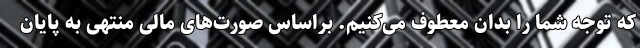
که توجه شما را بدان معطوف می‌کنیم. براساس صورت‌های مالی منتهی به پایان